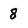
Character: 8